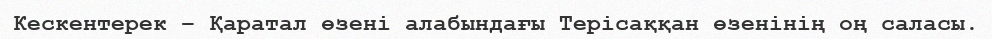
Кескентерек – Қаратал өзені алабындағы Терісаққан өзенінің оң саласы.